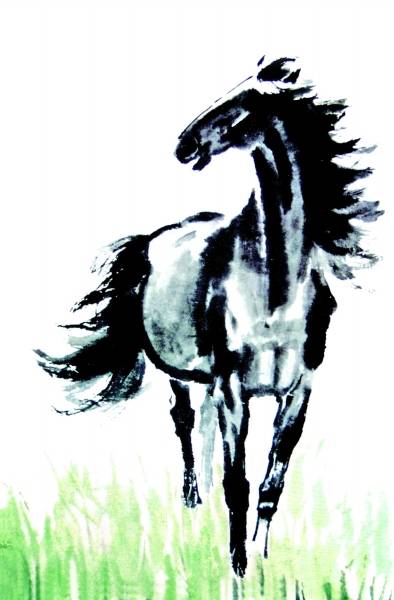
马作的卢飞快，弓如霹雳弦惊。